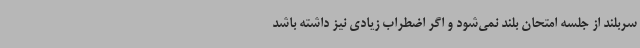
سربلند از جلسه امتحان بلند نمی‌شود و اگر اضطراب زیادی نیز داشته باشد